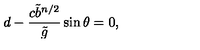
d - \frac { c { \tilde { b } } ^ { n / 2 } } { \tilde { g } } \sin \theta = 0 ,